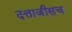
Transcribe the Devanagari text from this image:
दत्ताजीसच